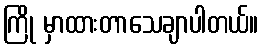
ကြို မှာထားတာသေချာပါတယ်။